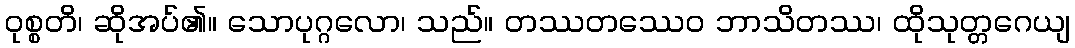
ဝုစ္စတိ၊ ဆိုအပ်၏။ သောပုဂ္ဂလော၊ သည်။ တဿတဿေဝ ဘာသိတဿ၊ ထိုသုတ္တဂေယျ